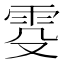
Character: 𬯹